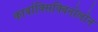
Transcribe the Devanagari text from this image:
कार्बाक्सिक्विनोलोन